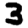
Digit: 3